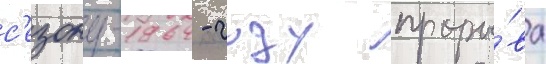
с'езону-1964 - году проры́ва